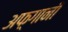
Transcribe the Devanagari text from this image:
अफ़्गानी